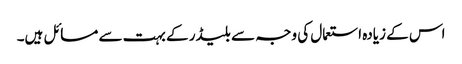
اس کے زیادہ استعمال کی وجہ سے بلیڈر کے بہت سے مسائل ہیں۔